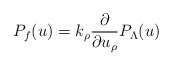
\begin{align*}P_f(u)=k_{\rho}{\partial\over\partial u_{\rho}}P_{\Lambda}(u)\end{align*}